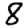
Digit: 8